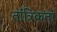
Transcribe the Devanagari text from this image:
तांत्रिकता